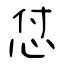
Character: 怤